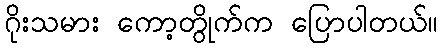
ဂိုးသမား ကော့တွိုက်က ပြောပါတယ်။